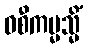
ဝစီကမ္မသ္မိံ